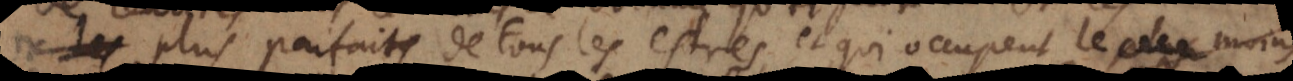
les plus parfaits de tous les estres, et qui occupent le moins